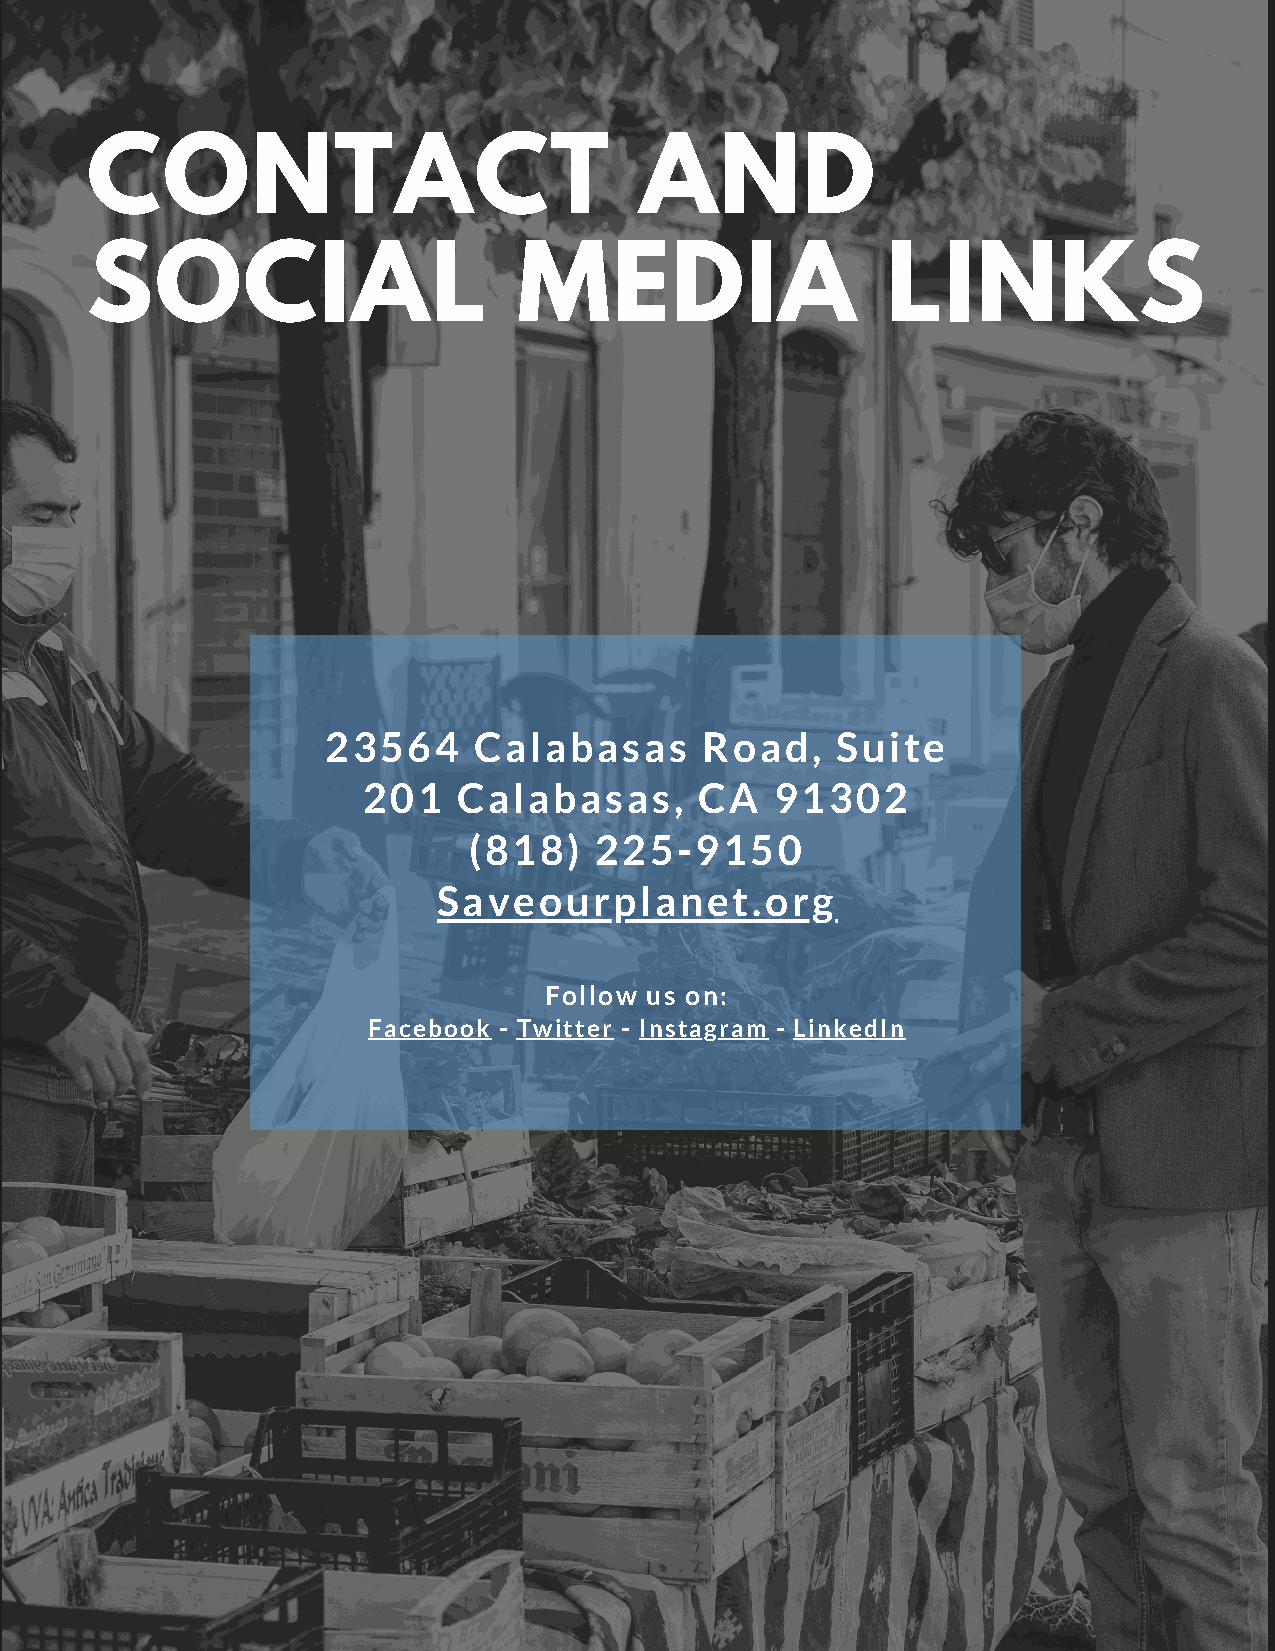
CONTACT                             AND
 SOCIAL                      MEDIA                    LINKS
 23564    Calabasas      Road,    Suite
 201   Calabasas,      CA   91302
 (818)   225-9150
 Saveourplanet.org
 Follow us on:
 Facebook - Twitter - Instagram - LinkedIn